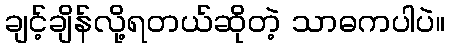
ချင့်ချိန်လို့ရတယ်ဆိုတဲ့ သာဓကပါပဲ။